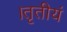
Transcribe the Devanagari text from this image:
।तृतीयं